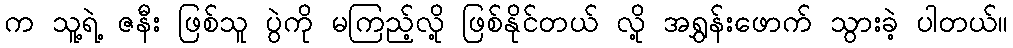
က သူ့ရဲ့ ဇနီး ဖြစ်သူ ပွဲကို မကြည့်လို့ ဖြစ်နိုင်တယ် လို့ အရွှန်းဖောက် သွားခဲ့ ပါတယ်။